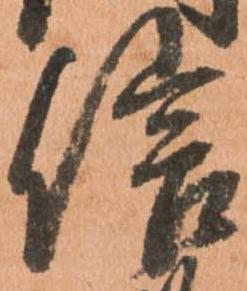
信